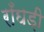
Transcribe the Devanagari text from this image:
राँघड़ी